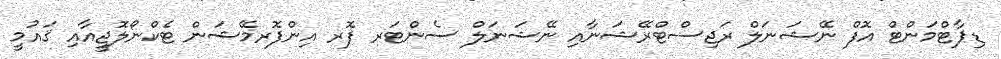
ޑިޕާޓްމަންޓް އޮފް ނޭޝަނަލް ރަޖިސްޓްރޭޝަނާއި ނޭޝަނަލް ސެންޓަރ ފޮރ އިންފޮރމޭޝަން ޓެކްނޯލޮޖީއާއި ޤައުމީ